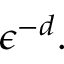
\epsilon ^ { - d } .